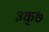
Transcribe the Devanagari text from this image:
३क्७